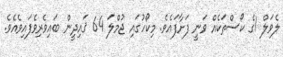
ލެވަލް 1ގެ ކޯސްތަކެއް ވަނީ ފަށާފައެވެ. މިކޯހުގައި ޖުމްލަ 64 ޤައިދީން ބައިވެރިވެފައިވެއެވެ.